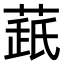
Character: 𦷘